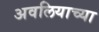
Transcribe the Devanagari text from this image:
अवलियाच्या